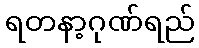
ရတနာ့ဂုဏ်ရည်